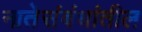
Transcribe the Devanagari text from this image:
नातेसंबंधांतील